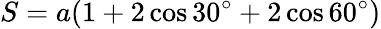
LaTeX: S=a(1+2\cos{30^{\circ}}+2\cos{60^{\circ}})